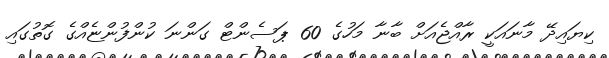
ކިޔައިދޭ މާނައަކީ ރާއްޖެއަށް ބާނާ މަހުގެ 60 ޕަސެންޓް ގަންނަ ކުންފުންޏެއްގެ ގޮތުގައި